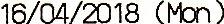
16/04/2018 (MON)